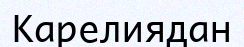
Карелиядан